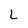
Character: L